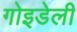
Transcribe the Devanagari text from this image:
गोइडेली